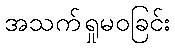
အသက်ရှုမဝခြင်း